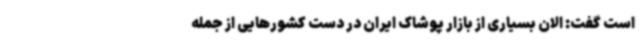
است گفت: الان بسیاری از بازار پوشاک ایران در دست کشورهایی از جمله